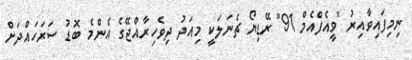
ނިމިފައިވާއިރު "ވީއެފްއެމް 91" ރޭޑިޔޯ ޗެނަލަކީ މިއަދު ދިވެހިރާއްޖޭގެ އެންމެ ބޮޑު ސަރަހައްދަށް